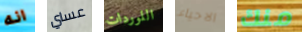
انه عساي اللوردات الاحياء منك